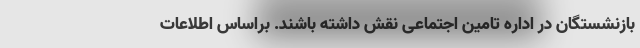
بازنشستگان در اداره تامین اجتماعی نقش داشته باشند. براساس اطلاعات